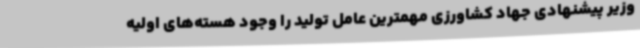
وزیر پیشنهادی جهاد کشاورزی مهمترین عامل تولید را وجود هسته‌های اولیه